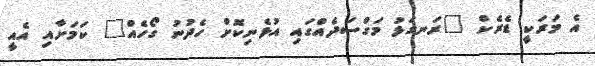
އެ މަރަކީ ޑެރެކް "ރަނގަޅު މަގްސަދެއްގައި އުޅެނިކޮށް ހެދުނު ގޯހެއް" ކަމަށާއި އެއީ